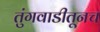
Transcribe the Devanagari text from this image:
तुंगवाडीतूनच